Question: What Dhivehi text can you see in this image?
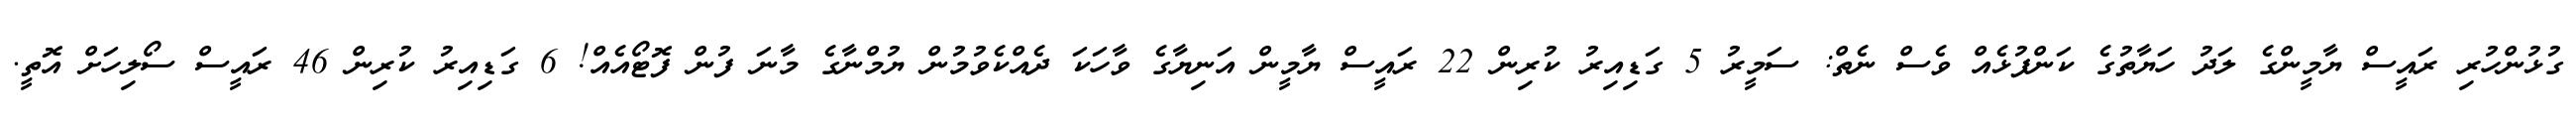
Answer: ގުޅުންހުރި ރައީސް ޔާމީންގެ ލަދު ހަޔާތުގެ ކަންފުޅެއް ވެސް ނެތް: ސަމީރު 5 ގަޑިއިރު ކުރިން 22 ރައީސް ޔާމީން އަނިޔާގެ ވާހަކަ ދެއްކެވުމުން ޔުމްނާގެ މާނަ ފުން ފޮޓޯއެއް! 6 ގަޑިއިރު ކުރިން 46 ރައީސް ސޯލިހަށް އޮތީ.